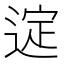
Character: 𫐲